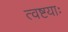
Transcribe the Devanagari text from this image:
त्वष्टयाः